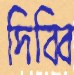
দিব্বি